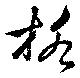
格